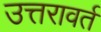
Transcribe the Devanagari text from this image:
उत्तरावर्त